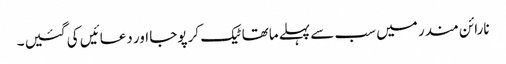
نارائن مندر میں سب سے پہلے ماتھا ٹیک کر پوجا اور دعائیں کی گئیں ۔